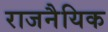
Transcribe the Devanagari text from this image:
राजनैयिक